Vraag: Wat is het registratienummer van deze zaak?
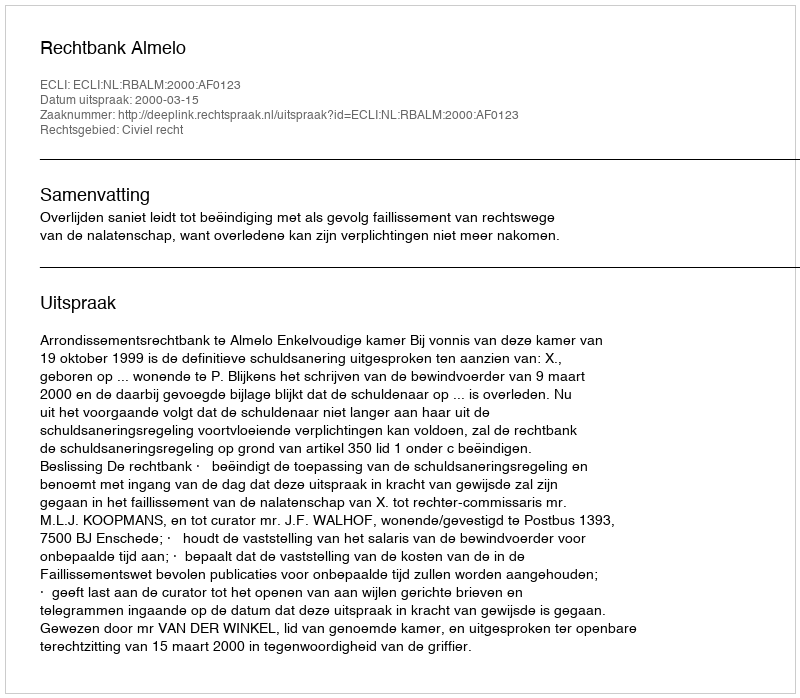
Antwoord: http://deeplink.rechtspraak.nl/uitspraak?id=ECLI:NL:RBALM:2000:AF0123